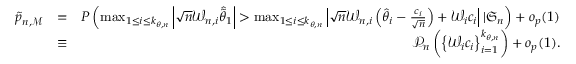
\begin{array} { r l r } { \tilde { p } _ { n , \mathcal { M } } } & { = } & { P \left( \operatorname* { m a x } _ { 1 \leq i \leq k _ { \theta , n } } \left\vert \sqrt { n } \mathcal { W } _ { n , i } \widehat { \tilde { \theta } } _ { 1 } \right\vert > \operatorname* { m a x } _ { 1 \leq i \leq k _ { \theta , n } } \left\vert \sqrt { n } \mathcal { W } _ { n , i } \left( \hat { \theta } _ { i } - \frac { c _ { i } } { \sqrt { n } } \right) + \mathcal { W } _ { i } c _ { i } \right\vert | \mathfrak { S } _ { n } \right) + o _ { p } ( 1 ) } \\ & { \equiv } & { \mathcal { P } _ { n } \left( \left\{ \mathcal { W } _ { i } c _ { i } \right\} _ { i = 1 } ^ { k _ { \theta , n } } \right) + o _ { p } ( 1 ) . } \end{array}